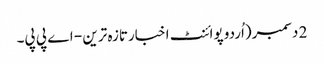
2 دسمبر(اُردو پوائنٹ اخبارتازہ ترین - اے پی پی۔